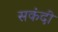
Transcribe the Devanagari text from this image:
सकंदी